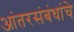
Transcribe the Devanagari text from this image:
आंतरसंबंधांचे